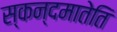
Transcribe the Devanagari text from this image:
स्कन्दमातेति